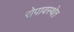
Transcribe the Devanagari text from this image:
रोपावस्थेत